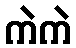
ကဲကဲ